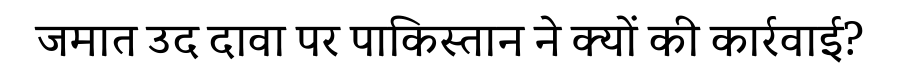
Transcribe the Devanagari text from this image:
जमात उद दावा पर पाकिस्तान ने क्यों की कार्रवाई?